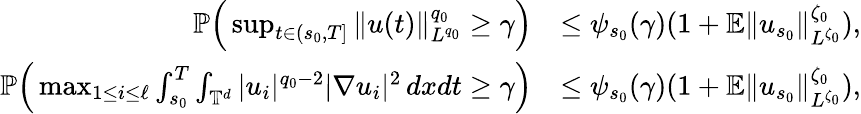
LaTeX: \begin{array}{rl}{{\mathbb P}\Big(\operatorname*{sup}_{t\in(s_{0},T]}\| u(t)\| _{L^{q_{0}}}^{q_{0}}\geq\gamma\Big)}&{\leq\psi_{s_{0}}(\gamma)(1+{\mathbb E}\| u_{s_{0}}\| _{L^{\zeta_{0}}}^{\zeta_{0}}),}\\ {{\mathbb P}\Big(\operatorname*{max}_{1\leq i\leq\ell}\int_{s_{0}}^{T}\int_{\mathbb{T}^{d}}|u_{i}|^{q_{0}-2}|\nabla u_{i}|^{2}\, dxdt\geq\gamma\Big)}&{\leq\psi_{s_{0}}(\gamma)(1+{\mathbb E}\| u_{s_{0}}\| _{L^{\zeta_{0}}}^{\zeta_{0}}),}\end{array}